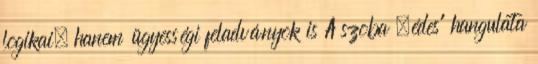
logikai, hanem ügyességi feladványok is A szoba „édes” hangulata